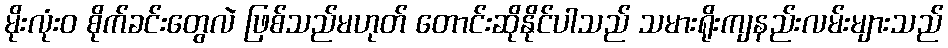
မိုးလုံး၀ စိုက်ခင်းတွေလဲ ဖြစ်သည်မဟုတ် တောင်းဆိုနိုင်ပါသည် သမားရိုးကျနည်းလမ်းများသည်